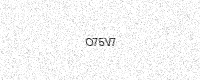
Text: O75V7